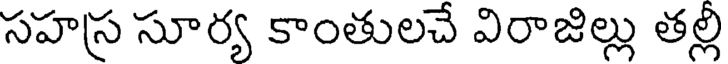
సహస్ర సూర్య కాంతులచే విరాజిల్లు తల్లి